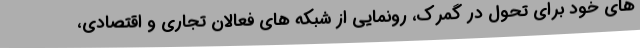
های خود برای تحول در گمرک، رونمایی از شبکه های فعالان تجاری و اقتصادی،